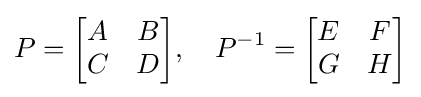
P={\begin{bmatrix}{A}&{B}\\{C}&{D}\end{bmatrix}},\quad P^{-1}={\begin{bmatrix}{E}&{F}\\{G}&{H}\end{bmatrix}}